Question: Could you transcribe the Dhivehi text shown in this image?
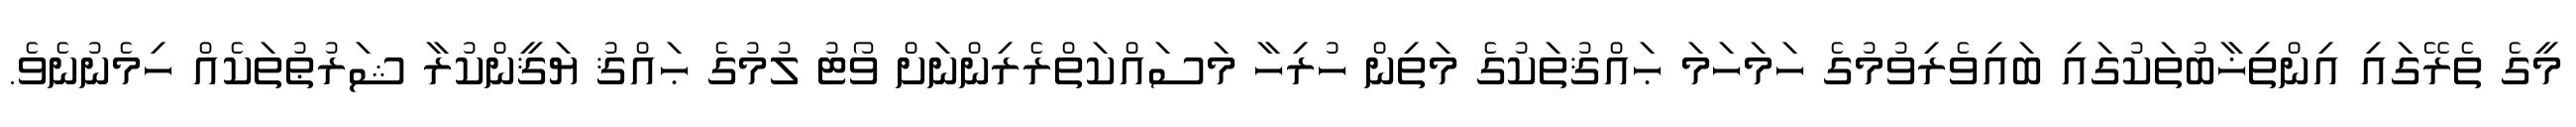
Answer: މީގެ ތެރޭގައި އިންތިޚާބުތަކުގައި ބައިވެރިވުމުގެ ހަމަހަމަ ޙައްޤުތަކުގެ މަތިން ހުރިހާ މަސައްކަތްރެރިންނަށް ވޯޓު ލުމުގެ ޙައްޤު ޔަޤީންކުރާ ޝަރުޠުތަކެއް ހިމެނުނެވެ.